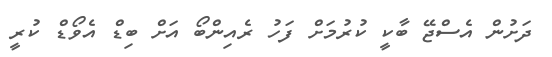
ދަށުން އެސްޖޭ ބާކީ ކުރުމަށް ފަހު ރެއިންބޯ އަށް ބިޑް އެވޯޑް ކުރީ